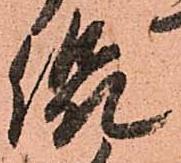
侃